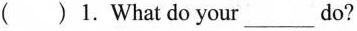
( ) 1.What do you___do?